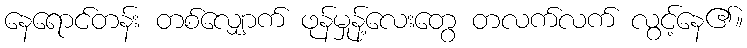
နေရောင်တန်း တစ်လျှောက် ဖုန်မှုန့်လေးတွေ တလက်လက် လွင့်နေ၏။